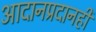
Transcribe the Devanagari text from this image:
आदानप्रदानही